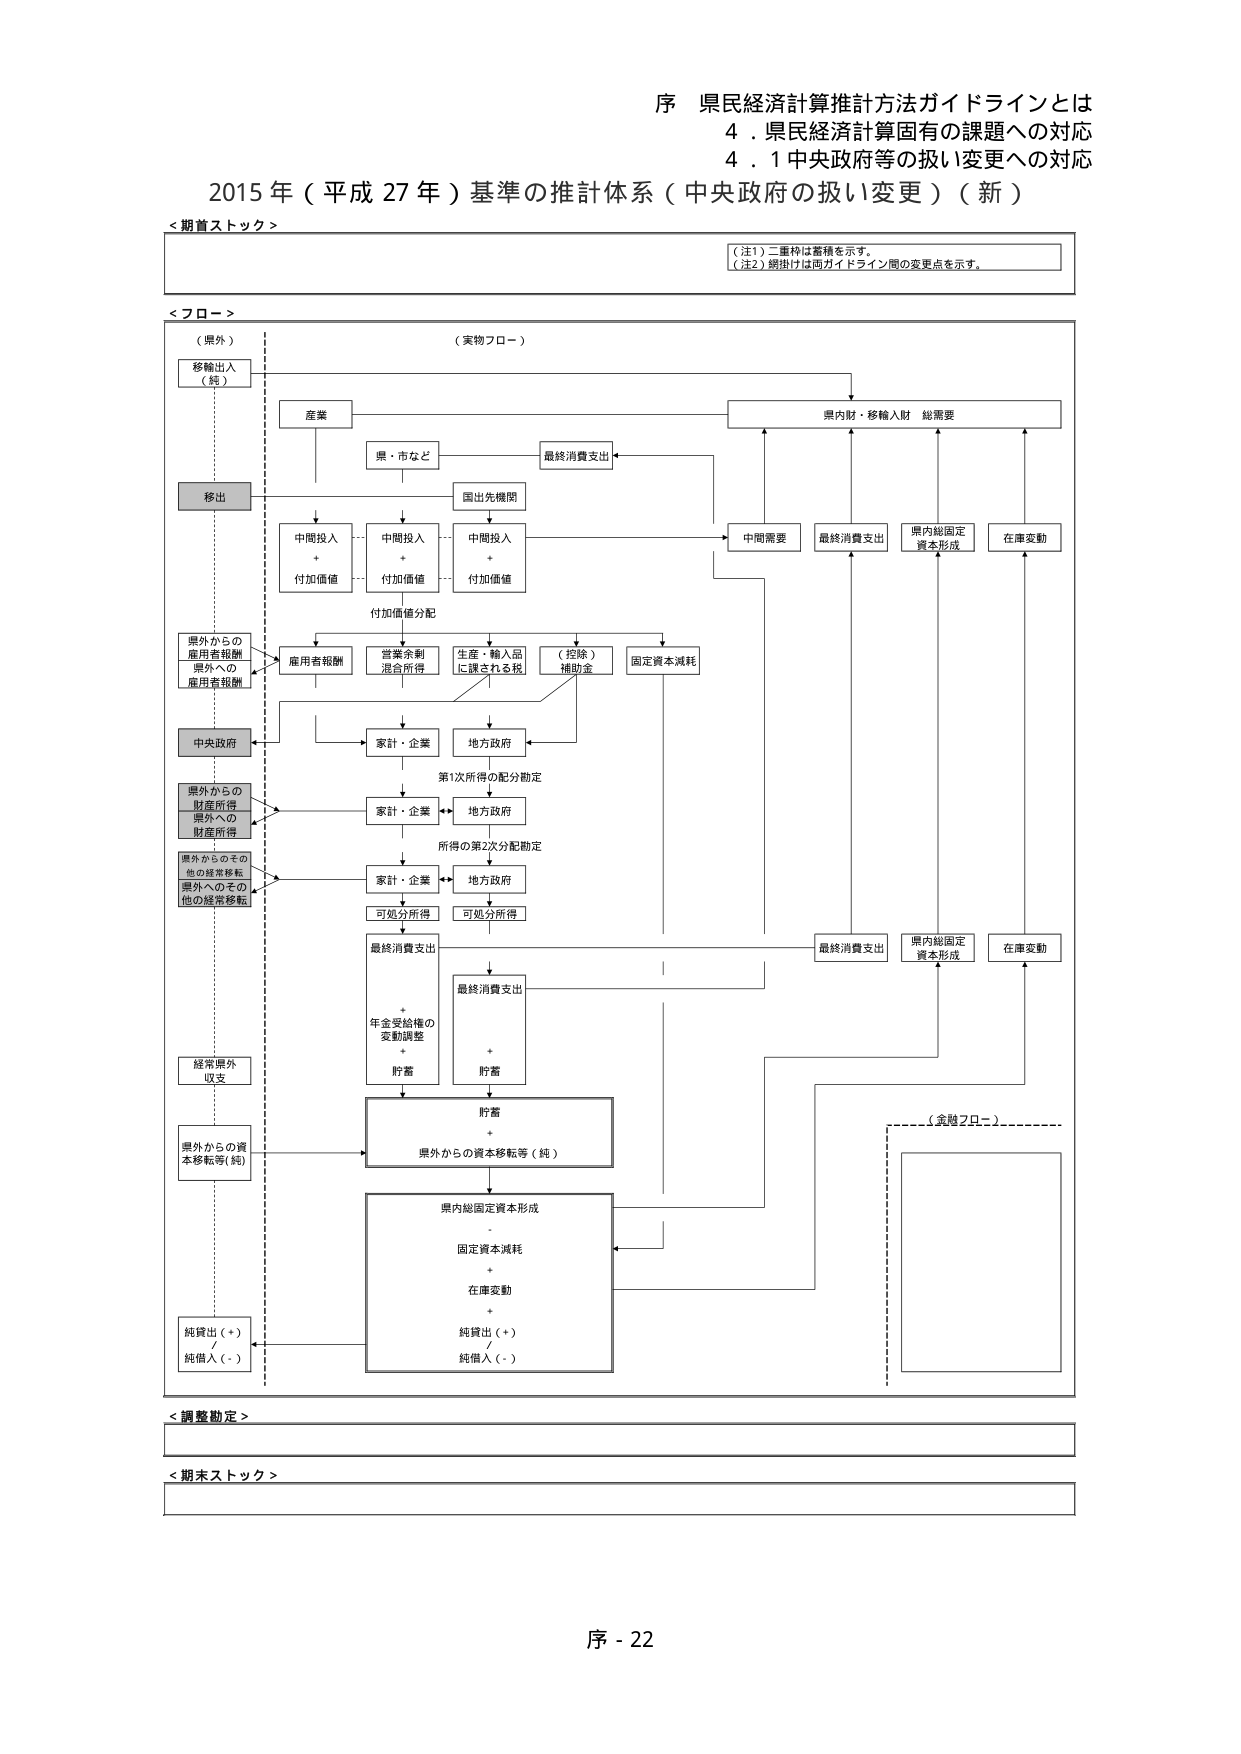
序 県民経済計算推計方法ガイドラインとは
4．県民経済計算固有の課題への対応
4．1 中央政府等の扱い変更への対応

2015年（平成27年）基準の推計体系（中央政府の扱い変更）（新）

＜期首ストック＞

（注1）二重枠は蓄積を示す。
（注2）縦掛けは両ガイドライン間の変更点を示す。

＜フロー＞

（県外）
移輸出入（純）

（実物フロー）
産業
県・市など
国出先機関

移出

中間投入＋付加価値
中間投入＋付加価値
中間投入＋付加価値

付加価値分配

県外からの雇用者報酬
県外への雇用者報酬

雇用者報酬
営業余剰（混合所得）
生産・輸入品に課される税
（控除）補助金
固定資本減耗

中央政府

県外からの財産所得
県外への財産所得

県外からのその他の経常移転
県外へのその他の経常移転

家計・企業
地方政府

第1次所得の配分勘定

家計・企業
地方政府

所得の第2次分配勘定

家計・企業
地方政府

可処分所得
可処分所得

最終消費支出
＋年金受給権の変動調整
＋貯蓄

最終消費支出
＋貯蓄

貯蓄
＋県外からの資本移転等（純）

県内総固定資本形成
－固定資本減耗
＋在庫変動
＋純貸出（＋）
／純借入（－）

純貸出（＋）
／純借入（－）

経常県外収支
県外からの資本移転等（純）

中間需要
最終消費支出
県内総固定資本形成
在庫変動

県内財・移輸入財 総需要

最終消費支出
県内総固定資本形成
在庫変動

（金融フロー）

＜調整勘定＞

＜期末ストック＞

序 - 22